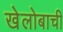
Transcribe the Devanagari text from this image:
खेलोबाची